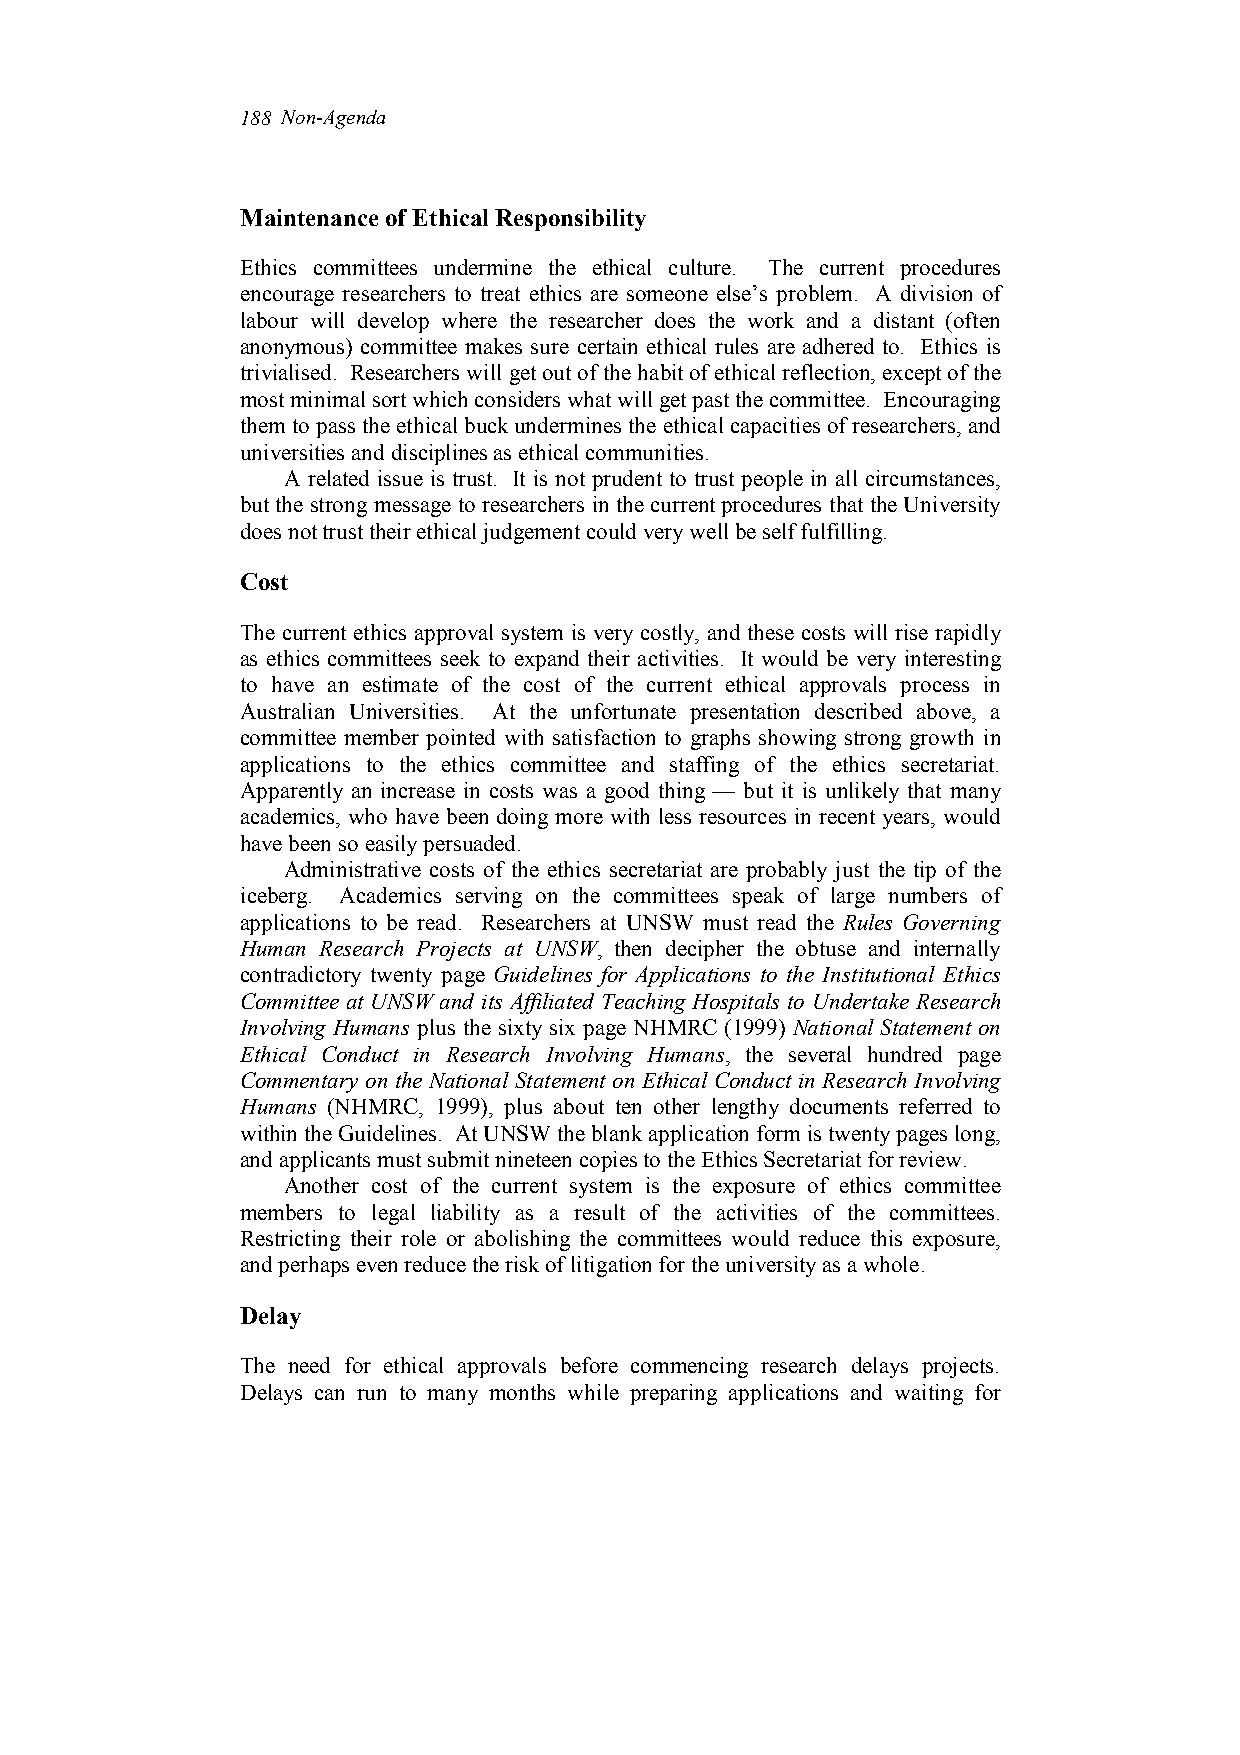
188 Non-Agenda
 Maintenance of Ethical Responsibility
 Ethics committees undermine the ethical culture. The current procedures
 encourage researchers to treat ethics are someone else’s problem. A division of
 labour will develop where the researcher does the work and a distant (often
 anonymous) committee makes sure certain ethical rules are adhered to. Ethics is
 trivialised. Researchers will get out of the habit of ethical reflection, except of the
 most minimal sort which considers what will get past the committee. Encouraging
 them to pass the ethical buck undermines the ethical capacities of researchers, and
 universities and disciplines as ethical communities.
 A related issue is trust. It is not prudent to trust people in all circumstances,
 but the strong message to researchers in the current procedures that the University
 does not trust their ethical judgement could very well be self fulfilling.
 Cost
 The current ethics approval system is very costly, and these costs will rise rapidly
 as ethics committees seek to expand their activities. It would be very interesting
 to have an estimate of the cost of the current ethical approvals process in
 Australian Universities. At the unfortunate presentation described above, a
 committee member pointed with satisfaction to graphs showing strong growth in
 applications to the ethics committee and staffing of the ethics secretariat.
 Apparently an increase in costs was a good thing — but it is unlikely that many
 academics, who have been doing more with less resources in recent years, would
 have been so easily persuaded.
 Administrative costs of the ethics secretariat are probably just the tip of the
 iceberg. Academics serving on the committees speak of large numbers of
 applications to be read. Researchers at UNSW must read the Rules Governing
 Human Research Projects at UNSW, then decipher the obtuse and internally
 contradictory twenty page Guidelines for Applications to the Institutional Ethics
 Committee at UNSW and its Affiliated Teaching Hospitals to Undertake Research
 Involving Humans plus the sixty six page NHMRC (1999) National Statement on
 Ethical Conduct in Research Involving Humans, the several hundred page
 Commentary on the National Statement on Ethical Conduct in Research Involving
 Humans (NHMRC, 1999), plus about ten other lengthy documents referred to
 within the Guidelines. At UNSW the blank application form is twenty pages long,
 and applicants must submit nineteen copies to the Ethics Secretariat for review.
 Another cost of the current system is the exposure of ethics committee
 members to legal liability as a result of the activities of the committees.
 Restricting their role or abolishing the committees would reduce this exposure,
 and perhaps even reduce the risk of litigation for the university as a whole.
 Delay
 The need for ethical approvals before commencing research delays projects.
 Delays can run to many months while preparing applications and waiting for